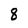
Character: 8